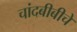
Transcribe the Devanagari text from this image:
चांदबीबीचे